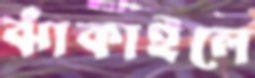
ঝাঁকাইলে